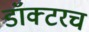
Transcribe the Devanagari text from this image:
डॉक्टरच